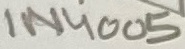
Text: 1N4005